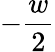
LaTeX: -\frac w2